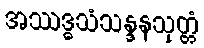
အဿဒ္ဓသံသန္ဒနသုတ္တံ